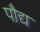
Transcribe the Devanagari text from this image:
पौद्य